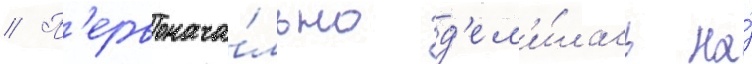
// П'ервонача́льно д'ел'и́лась на́